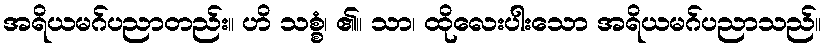
အရိယမဂ်ပညာတည်း။ ဟိ သစ္စံ၊ ၏။ သာ၊ ထိုလေးပါးသော အရိယမဂ်ပညာသည်။